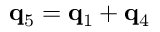
{ \bf q } _ { 5 } = { \bf q } _ { 1 } + { \bf q } _ { 4 }